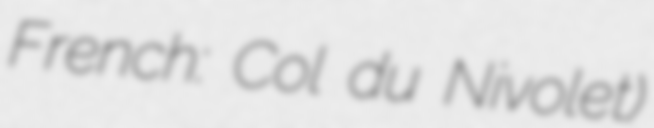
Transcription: French: Col du Nivolet)